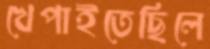
খেপাইতেছিলে